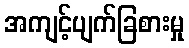
အကျင့်ပျက်ခြစားမှု